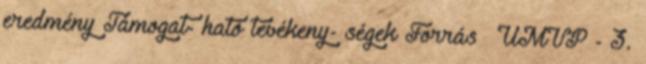
eredmény Támogat- ható tevékeny- ségek Forrás ▪ÚMVP - 3.